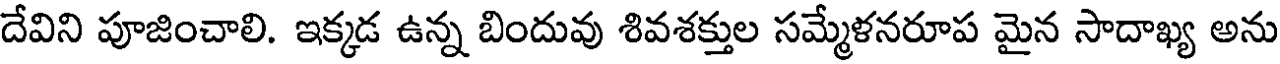
దేవిని పూజించాలి. ఇక్కడ ఉన్న బిందువు శివశక్తుల సమ్మేళనరూప మైన సాదాఖ్య అను